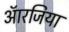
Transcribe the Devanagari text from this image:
ऑरजिया